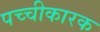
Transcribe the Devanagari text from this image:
पच्चीकारक